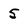
Character: 5